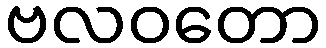
ဗလဝတော